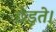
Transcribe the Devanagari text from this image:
छेड़ते।